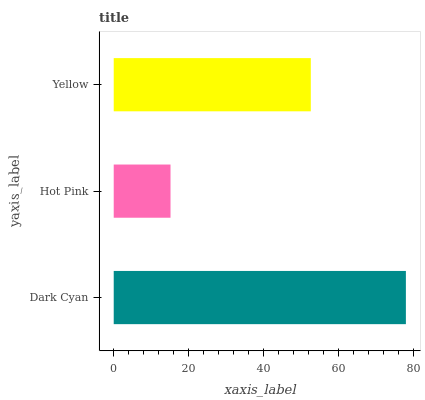
| yaxis_label | bars |
 | --- | --- |
 | Dark Cyan | 78.1 |
 | Hot Pink | 15.2 |
 | Yellow | 52.7 |